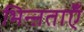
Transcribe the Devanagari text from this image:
भिन्ऩताएँ